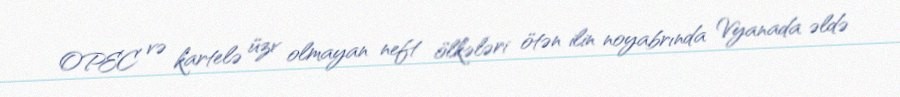
OPEC və kartelə üzv olmayan neft ölkələri ötən ilin noyabrında Vyanada əldə